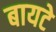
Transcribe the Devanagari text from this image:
बायटे